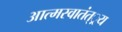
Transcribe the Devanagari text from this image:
आत्मस्वातंत््रय